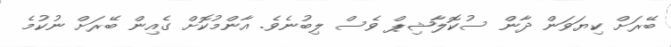
ބޭރަށް ކިޔަވަން ދާން ސުކޮލާޝިޕް ވެސް ލިބުނެވެ. އާންމުކޮށްް ގެއިން ބޭރަށް ނުކުމެ